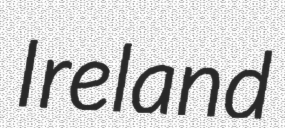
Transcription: Ireland